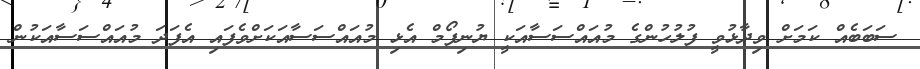
ސަބަބެއް ކަމަށް ވިދާޅުވީ ފުލުހުންގެ މުއައްސަސާއަކީ ޔުނިފޯމް އެޅި މުއައްސަސާއަކަށްވެފައި އެފަދަ މުއައްސަސާއަކުން